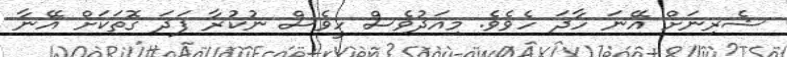
ޝެރިނަށް އޭނަ ހާދަ ހެވެވެ. މިއަދުވެސް ހީވެސް ނުކުރާ ފަދަ ގޮތަކަށް އޭނާ